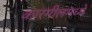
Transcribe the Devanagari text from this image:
कारगीलमध्ये